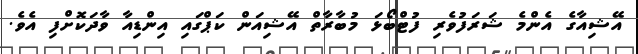
އޭޝިއާގެ އެންމެ ޝަރަފުވެރި ފުޓްބޯޅަ މުބާރާތް އޭޝިއަން ކަޕްގައި އިންޑިއާ ވާދަކޮށްފި އެވެ.